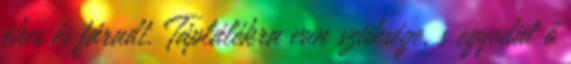
éhes és fáradt. Táplálékra van szüksége, s egyedül ő